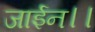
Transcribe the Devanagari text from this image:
जाईन।।